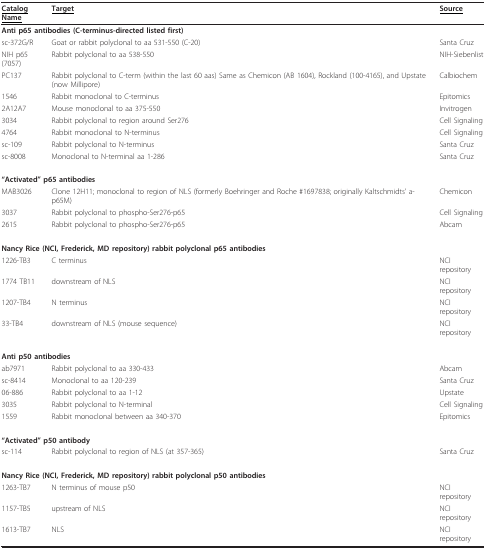
<table><thead><tr><td><b><underline>Catalog Name</underline></b></td><td><b><underline>Target</underline></b></td><td><b><underline>Source</underline></b></td></tr></thead><tbody><tr><td colspan="3"><b>Anti p65 antibodies (C-terminus-directed listed first)</b></td></tr><tr><td>sc-372G/R</td><td>Goat or rabbit polyclonal to aa 531-550 (C-20)</td><td>Santa Cruz</td></tr><tr><td>NIH p65 (7057)</td><td>Rabbit polyclonal to aa 538-550</td><td>NIH-Siebenlist</td></tr><tr><td>PC137</td><td>Rabbit polyclonal to C-term (within the last 60 aas) Same as Chemicon (AB 1604), Rockland (100-4165), and Upstate (now Millipore)</td><td>Calbiochem</td></tr><tr><td>1546</td><td>Rabbit monoclonal to C-terminus</td><td>Epitomics</td></tr><tr><td>2A12A7</td><td>Mouse monoclonal to aa 375-550</td><td>Invitrogen</td></tr><tr><td>3034</td><td>Rabbit polyclonal to region around Ser276</td><td>Cell Signaling</td></tr><tr><td>4764</td><td>Rabbit monoclonal to N-terminus</td><td>Cell Signaling</td></tr><tr><td>sc-109</td><td>Rabbit polyclonal to N-terminus</td><td>Santa Cruz</td></tr><tr><td>sc-8008</td><td>Monoclonal to N-terminal aa 1-286</td><td>Santa Cruz</td></tr><tr><td colspan="3"><b>&quot;Activated&quot; p65 antibodies</b></td></tr><tr><td>MAB3026</td><td>Clone 12H11; monoclonal to region of NLS (formerly Boehringer and Roche #1697838; originally Kaltschmidts&#x27; a-p65M)</td><td>Chemicon</td></tr><tr><td>3037</td><td>Rabbit polyclonal to phospho-Ser276-p65</td><td>Cell Signaling</td></tr><tr><td>2615</td><td>Rabbit polyclonal to phospho-Ser276-p65</td><td>Abcam</td></tr><tr><td colspan="3"><b>Nancy Rice (NCI, Frederick, MD repository) rabbit polyclonal p65 antibodies</b></td></tr><tr><td>1226-TB3</td><td>C terminus</td><td>NCI repository</td></tr><tr><td>1774 TB11</td><td>downstream of NLS</td><td>NCI repository</td></tr><tr><td>1207-TB4</td><td>N terminus</td><td>NCI repository</td></tr><tr><td>33-TB4</td><td>downstream of NLS (mouse sequence)</td><td>NCI repository</td></tr><tr><td colspan="3"><b>Anti p50 antibodies</b></td></tr><tr><td>ab7971</td><td>Rabbit polyclonal to aa 330-433</td><td>Abcam</td></tr><tr><td>sc-8414</td><td>Monoclonal to aa 120-239</td><td>Santa Cruz</td></tr><tr><td>06-886</td><td>Rabbit polyclonal to aa 1-12</td><td>Upstate</td></tr><tr><td>3035</td><td>Rabbit polyclonal to N-terminal</td><td>Cell Signaling</td></tr><tr><td>1559</td><td>Rabbit monoclonal between aa 340-370</td><td>Epitomics</td></tr><tr><td colspan="3"><b>&quot;Activated&quot; p50 antibody</b></td></tr><tr><td>sc-114</td><td>Rabbit polyclonal to region of NLS (at 357-365)</td><td>Santa Cruz</td></tr><tr><td colspan="3"><b>Nancy Rice (NCI, Frederick, MD repository) rabbit polyclonal p50 antibodies</b></td></tr><tr><td>1263-TB7</td><td>N terminus of mouse p50</td><td>NCI repository</td></tr><tr><td>1157-TB5</td><td>upstream of NLS</td><td>NCI repository</td></tr><tr><td>1613-TB7</td><td>NLS</td><td>NCI repository</td></tr></tbody></table>